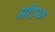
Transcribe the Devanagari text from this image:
अटिस्म